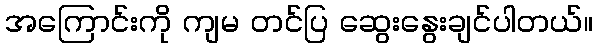
အကြောင်းကို ကျမ တင်ပြ ဆွေးနွေးချင်ပါတယ်။